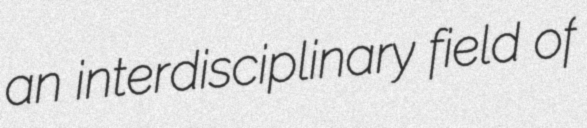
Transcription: an interdisciplinary field of